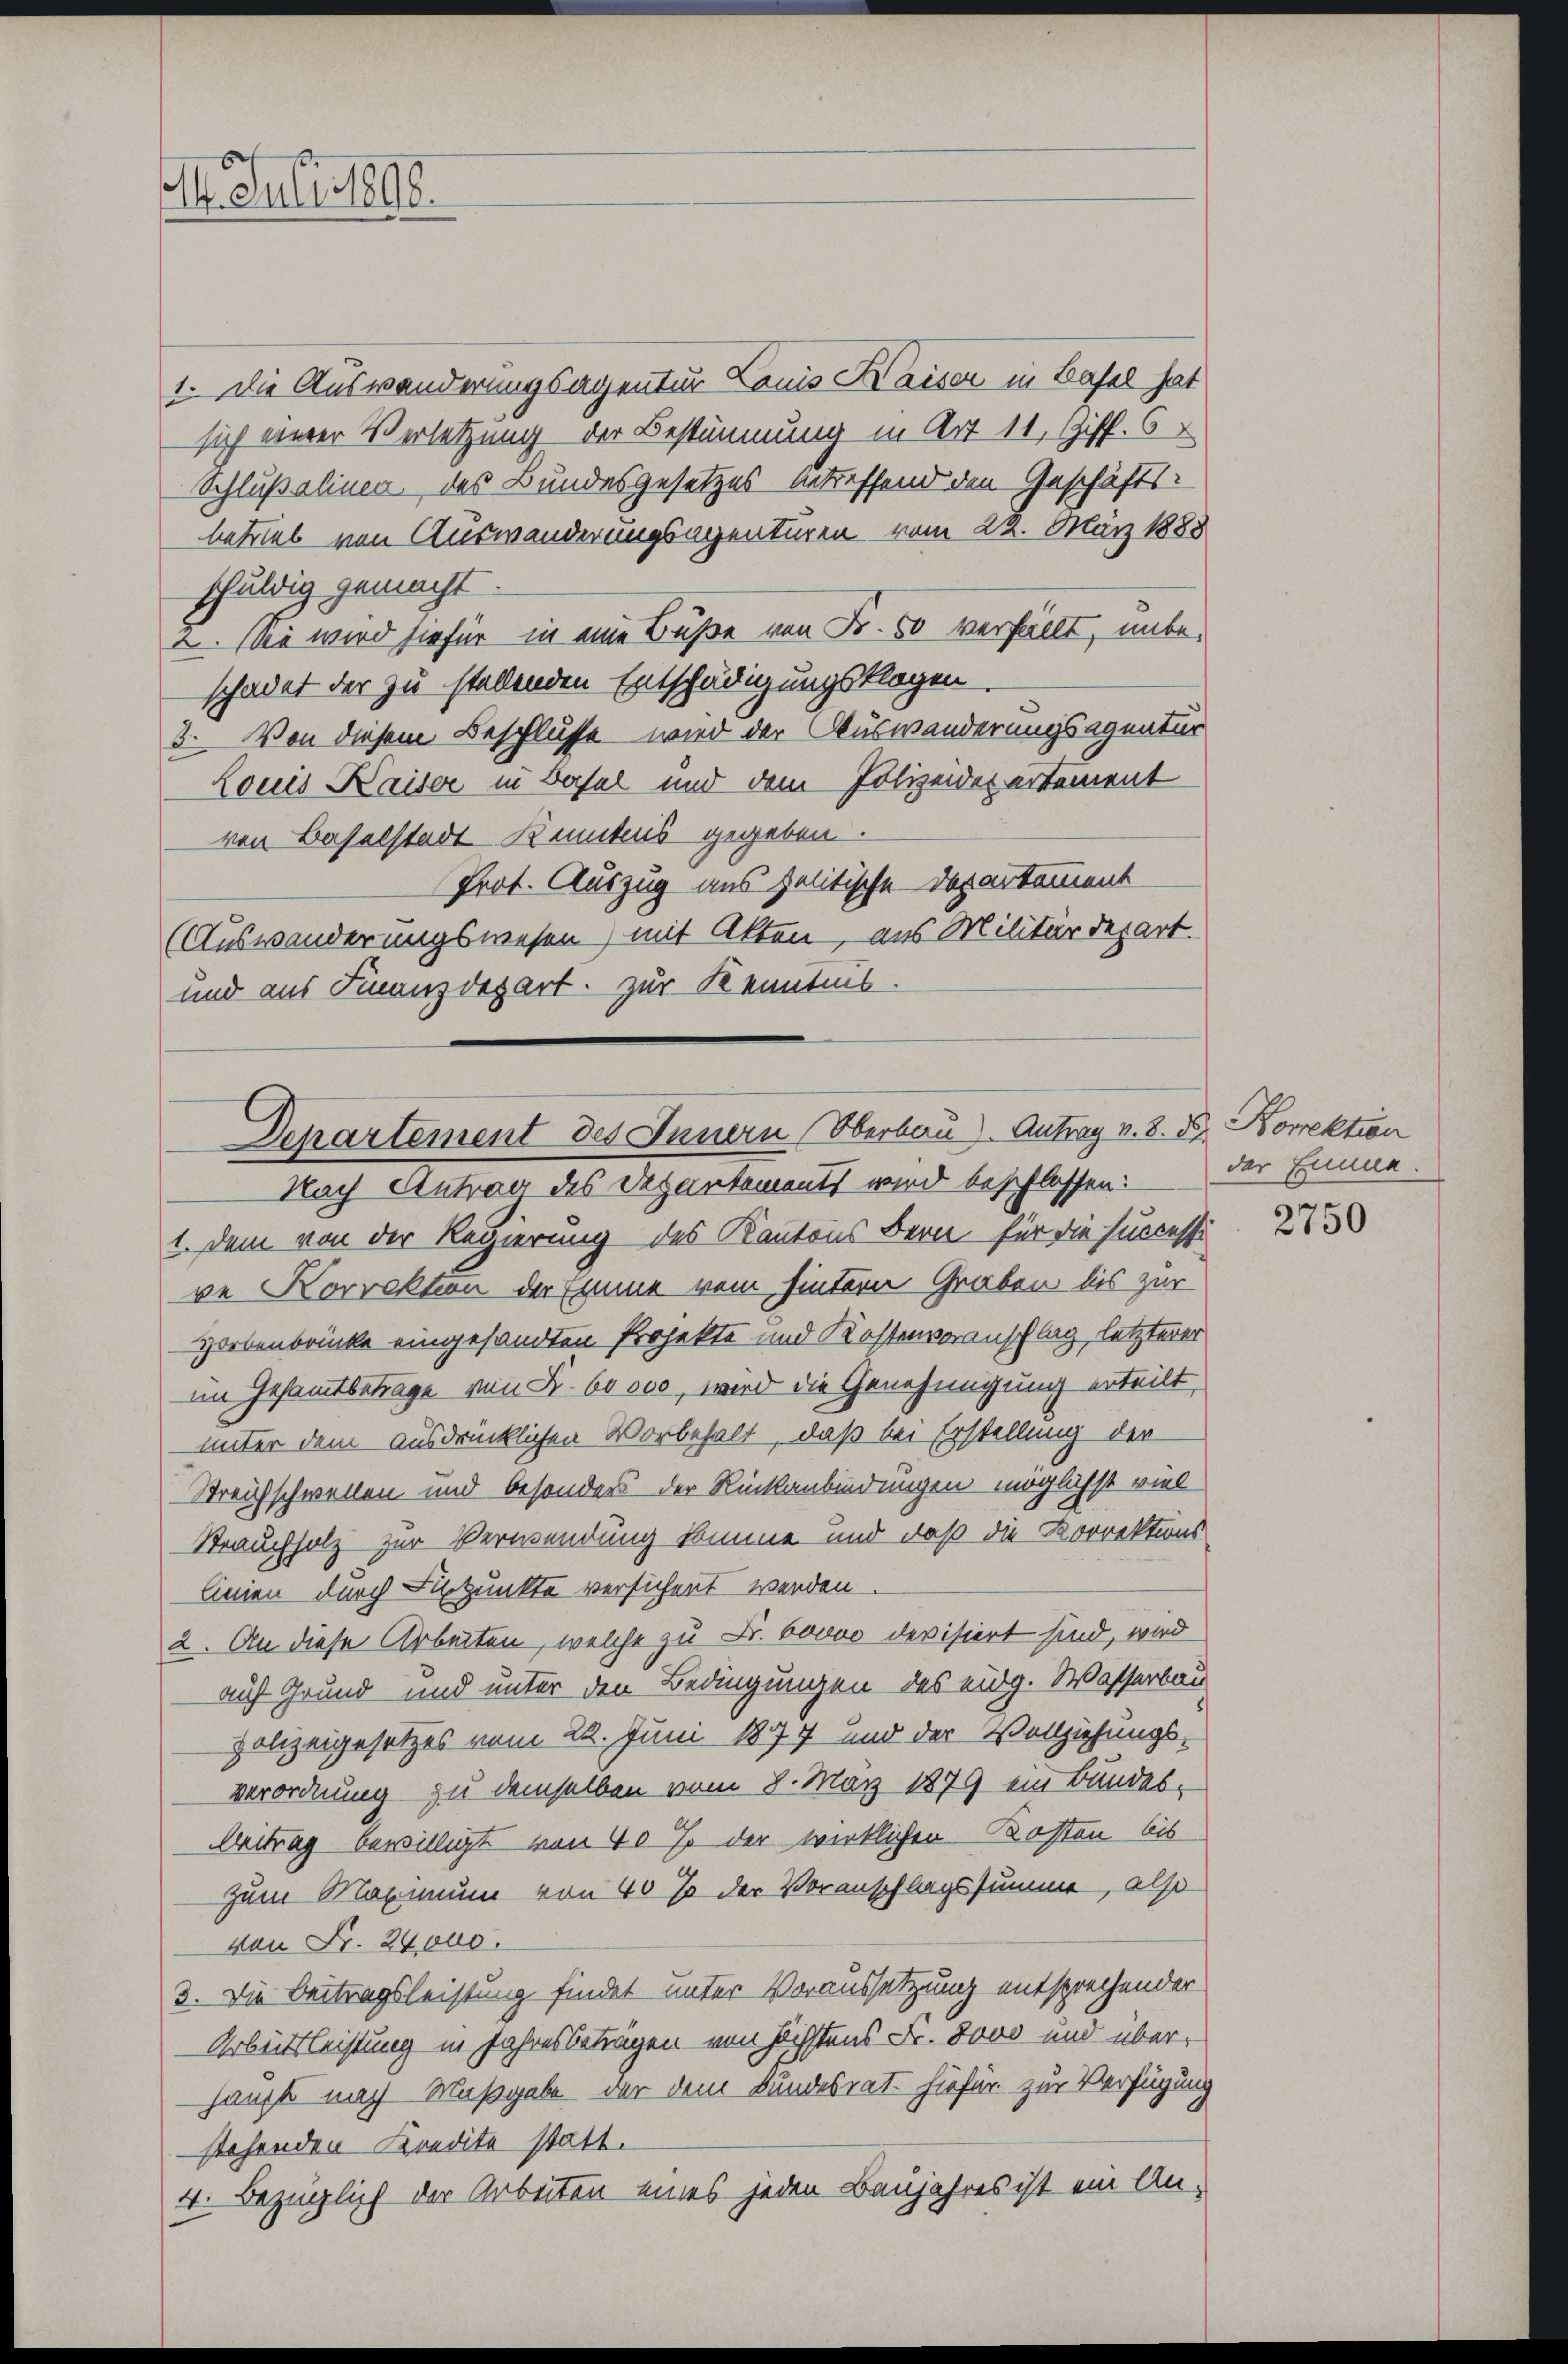
M. Juli 1890.

1. Die Auswanderungsagentur Lauis Kaisen in Basel hat
sich einer Verletzung der Bestimmung in Art. 11, Ziff. 6
Schlußalinen des Bundesgesetzes betreffend den Geschäftsbetrieb von Auswanderungsagenturen vom 22. März 1888
schuldig gemacht.
2. Sie wird sie für in eine Buße von Fr. 50 verfällt, unbeschadet der zu stellenden Entschädigungsklagen.
3. Von diesem Beschlusse – wird der Auswanderungsagnatur
Louis Kaiser in Basel und dem Polizeider erstament
von Baselstadt Kenntnis gegeben.
Prot. Auszug ans politische das erkomment
(Auswanderungswesen mit Akten, aus Militärdepart.
und aus Finanzdepart. zur Kenntnis.

Departement des Innern Oberbau). Antrag v. 8. d. Korrektion
Nach Antrag des Departements wird beschlossen: Der Emme-

1. Dem von der Regierung des Kantons Bern für die successi
ve Korrektion der Emme vom hintern Graben bis zur
Horbenbrücke eingesandten Projekte und Kostenveranschlag, letzterer
im Gesamtbetrage von S. 60000, wird die Genehmigung erteilt,
unter dem ausdrücklichen Vorbehalt, daß bei Erstellung der
Streichschwellen und besonders der Rückanbindungen möglichst viel
Strauchholz zur Verwendung komme und daß die Korrektions
linien durch Fixpunkte versichert werden.
2. An diese Arbeiten, welche zu Fr. 60000 devisiert sind, wird
auf Grund und unter den Bedingungen des eidg. Wasserbau
polizeigesetzes vom 22. Juni 1877 und der Vollziehungsverordnung zu demselben vom 8. März 1879 ein Bundes-
Beitrag bewilligt von 40 % der wirklichen Kosten bis
Zum Maximum von 40 % der Voranschlagssumme, also
von Fr. 24000.
3. Die Beitragsleistung findet unter Voraussetzung entsprechender
Arbeitsleistung in Jahresbeträgen von höchstens Fr. 8000 und überhaupts nach Maßgabe der dem Bandesrat hiefür zur Verfügung
stehenden Kredite statt.
4. Bezüglich der Arbeiten eines jeden Baujahres ist ein An-

2750